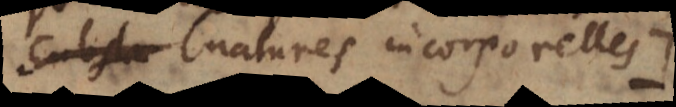
s natures incorporelles